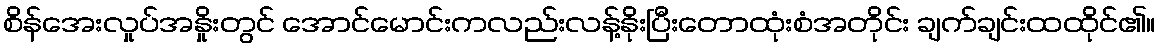
စိန်အေးလှုပ်အနှိုးတွင် အောင်မောင်းကလည်းလန့်နိုးပြီးတောထုံးစံအတိုင်း ချက်ချင်းထထိုင်၏။